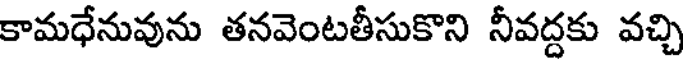
కామధేనువును తనవెంటతీసుకొని నీవద్దకు వచ్చి